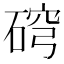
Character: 𥓰